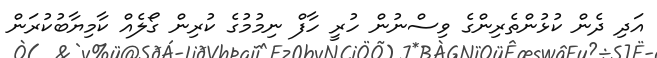
އަދި ދެން ކުޅުންތެރިންގެ ވިސްނުން ހުރީ ހާފް ނިމުމުގެ ކުރިން ގޯލެއް ކާމިޔާބުކުރަން